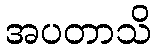
အပတာသိ